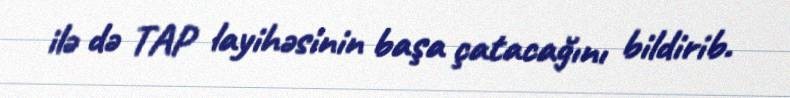
ilə də TAP layihəsinin başa çatacağını bildirib.